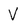
Character: V